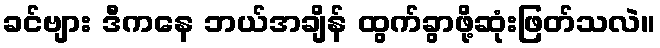
ခင်ဗျား ဒီကနေ ဘယ်အချိန် ထွက်ခွာဖို့ဆုံးဖြတ်သလဲ။